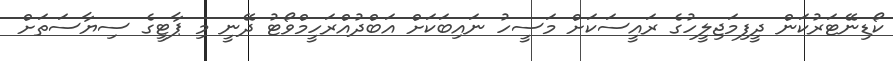
ކޯޑިނޭޓަރުކަން ދީފިމަޖިލީހުގެ ރައީސަކަށް މަސީހު ނައިބަކަށް އަބްދުއްރަހީމްވޯޓު ދޭނީ މި ޕާޓީގެ ސިޔާސަތަށް